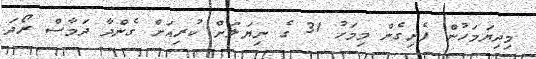
މިދިޔަމަހުން ފެށިގެން މިމަހު 31 ގެ ނިޔަލަށް ކުރިއަށް ގެންދާ ދަމާސް ރޯދަ